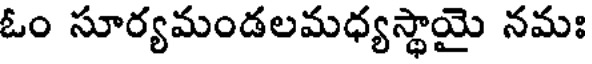
ఓం సూర్యమండలమధ్యస్థాయై నమః